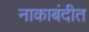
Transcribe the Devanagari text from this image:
नाकाबंदीत